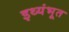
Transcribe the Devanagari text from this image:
इथ्यंभूत